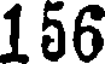
156